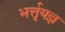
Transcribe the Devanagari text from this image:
भर्त्तृयज्ञ